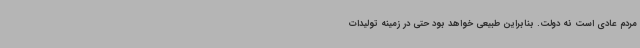
مردم عادی است نه دولت. بنابراین طبیعی خواهد بود حتی در زمینه تولیدات